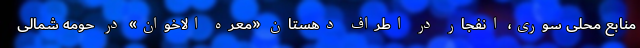
منابع محلی سوری، انفجار در اطراف دهستان «معره الاخوان» در حومه شمالی